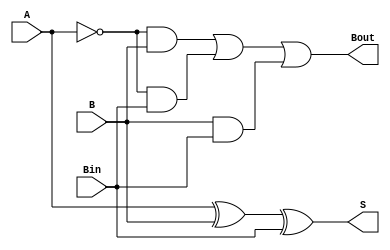
module full_subtractor(
    input A,
    input B,
    input Bin,
    output reg S,
    output reg Bout
);

always @(*) begin
    S = A ^ B ^ Bin;
    Bout = (~A & B) | (~A & Bin) | (B & Bin);
end

endmodule